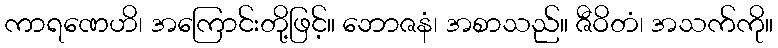
ကာရဏေဟိ၊ အကြောင်းတို့ဖြင့်။ ဘောဇနံ၊ အစာသည်။ ဇီဝိတံ၊ အသက်ကို။